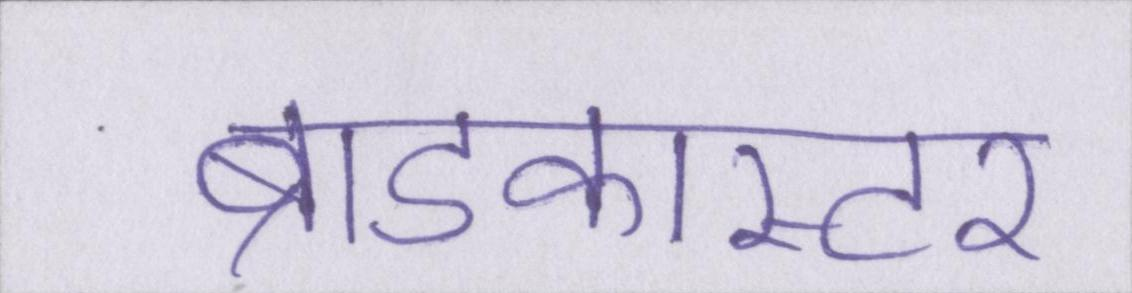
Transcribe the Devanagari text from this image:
ब्राडकास्टर